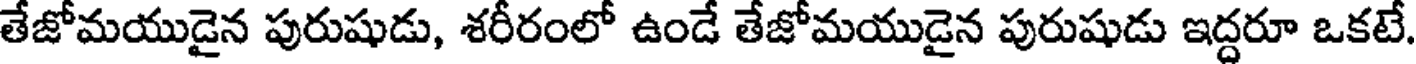
తేజోమయుడైన పురుషుడు, శరీరంలో ఉండే తేజోమయుడైన పురుషుడు ఇద్దరూ ఒకటే